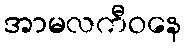
အာမလကီဝနေ